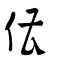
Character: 傮